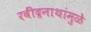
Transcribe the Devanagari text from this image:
रवींद्रनाथांमुळे